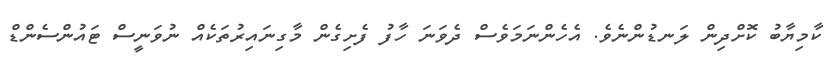
ކާމިޔާބު ކޮށްދިން ލަނޑުންނެވެ. އެހެންނަމަވެސް ދެވަނަ ހާފު ފެށިގެން މާގިނައިރުތަކެއް ނުވަނީސް ޓައުންސެންޑް